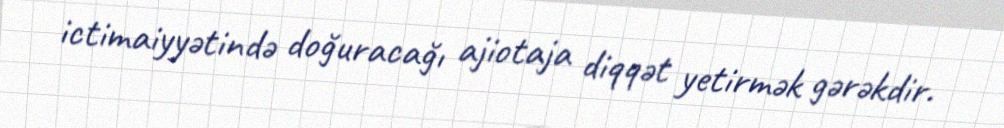
ictimaiyyətində doğuracağı ajiotaja diqqət yetirmək gərəkdir.